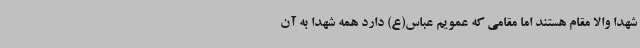
شهدا والا مقام هستند اما مقامی که عمویم عباس(ع) دارد همه شهدا به آن